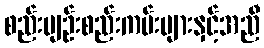
စည်းမျဉ်းစည်းကမ်းများနှင့်အညီ